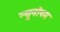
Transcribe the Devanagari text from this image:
न्यूनोपम